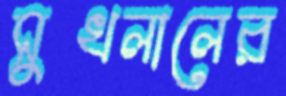
সুখলালের